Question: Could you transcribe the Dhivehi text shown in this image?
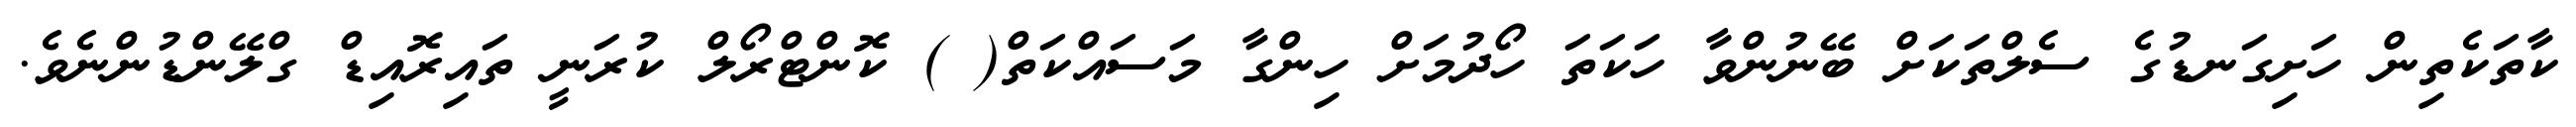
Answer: ކާތަކެތިން ހަށިގަނޑުގެ ސެލްތަކަށް ބޭނުންވާ ހަކަތަ ހޯދުމަށް ހިންގާ މަސައްކަތް( ) ކޮންޓްރޯލް ކުރަނީ ތައިރޮއިޑް ގްލޭންޑުންނެވެ.